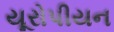
યૂરોપીયન